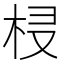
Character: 𣐔